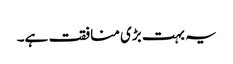
یہ بہت بڑی منافقت ہے۔